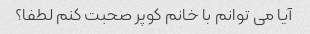
آیا می توانم با خانم کوپر صحبت کنم لطفا؟